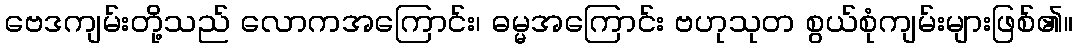
ဗေဒကျမ်းတို့သည် လောကအကြောင်း၊ ဓမ္မအကြောင်း ဗဟုသုတ စွယ်စုံကျမ်းများဖြစ်၏။